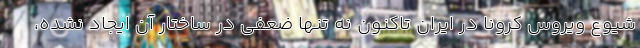
شیوع ویروس کرونا در ایران تاکنون نه تنها ضعفی در ساختار آن ایجاد نشده،